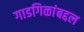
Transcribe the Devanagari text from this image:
गाडगिळांबद्दल